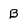
Character: B